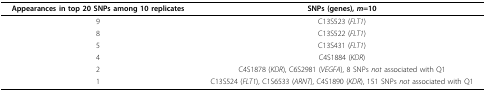
<table><thead><tr><td><b>Appearances in top 20 SNPs among 10 replicates</b></td><td><b>SNPs (genes), <i>m</i>=10</b></td></tr></thead><tbody><tr><td>9</td><td>C13S523 (<i>FLT1</i>)</td></tr><tr><td>8</td><td>C13S522 (<i>FLT1</i>)</td></tr><tr><td>5</td><td>C13S431 (<i>FLT1</i>)</td></tr><tr><td>4</td><td>C4S1884 (<i>KDR</i>)</td></tr><tr><td>2</td><td>C4S1878 (<i>KDR</i>), C6S2981 (<i>VEGFA</i>), 8 SNPs <i>not</i> associated with Q1</td></tr><tr><td>1</td><td>C13S524 (<i>FLT1</i>), C1S6533 (<i>ARNT</i>), C4S1890 (<i>KDR</i>), 151 SNPs <i>not</i> associated with Q1</td></tr></tbody></table>